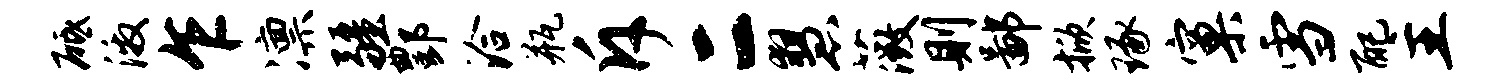
砥激乍凛疆酆洽瓶斥二慧薇则鄙掀琢窠雪配主